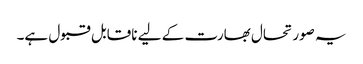
یہ صورتحال بھارت کے لیے ناقابل قبول ہے۔